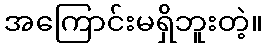
အကြောင်းမရှိဘူးတဲ့။